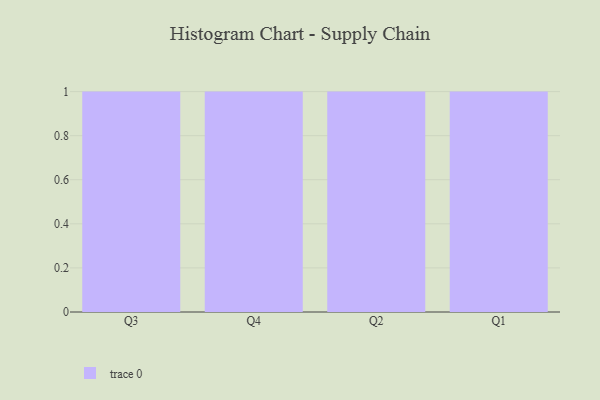
{"axis": {"x": "Quarter", "y": "Revenue (USD Million)"}, "legend": [""], "data": [{"x": "Q3", "y": 57, "type": ""}, {"x": "Q4", "y": 32, "type": ""}, {"x": "Q2", "y": 30, "type": ""}, {"x": "Q1", "y": 93, "type": ""}]}